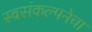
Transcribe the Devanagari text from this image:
स्वसंकल्पनेचा